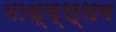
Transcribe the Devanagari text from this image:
माध्य्श्थम